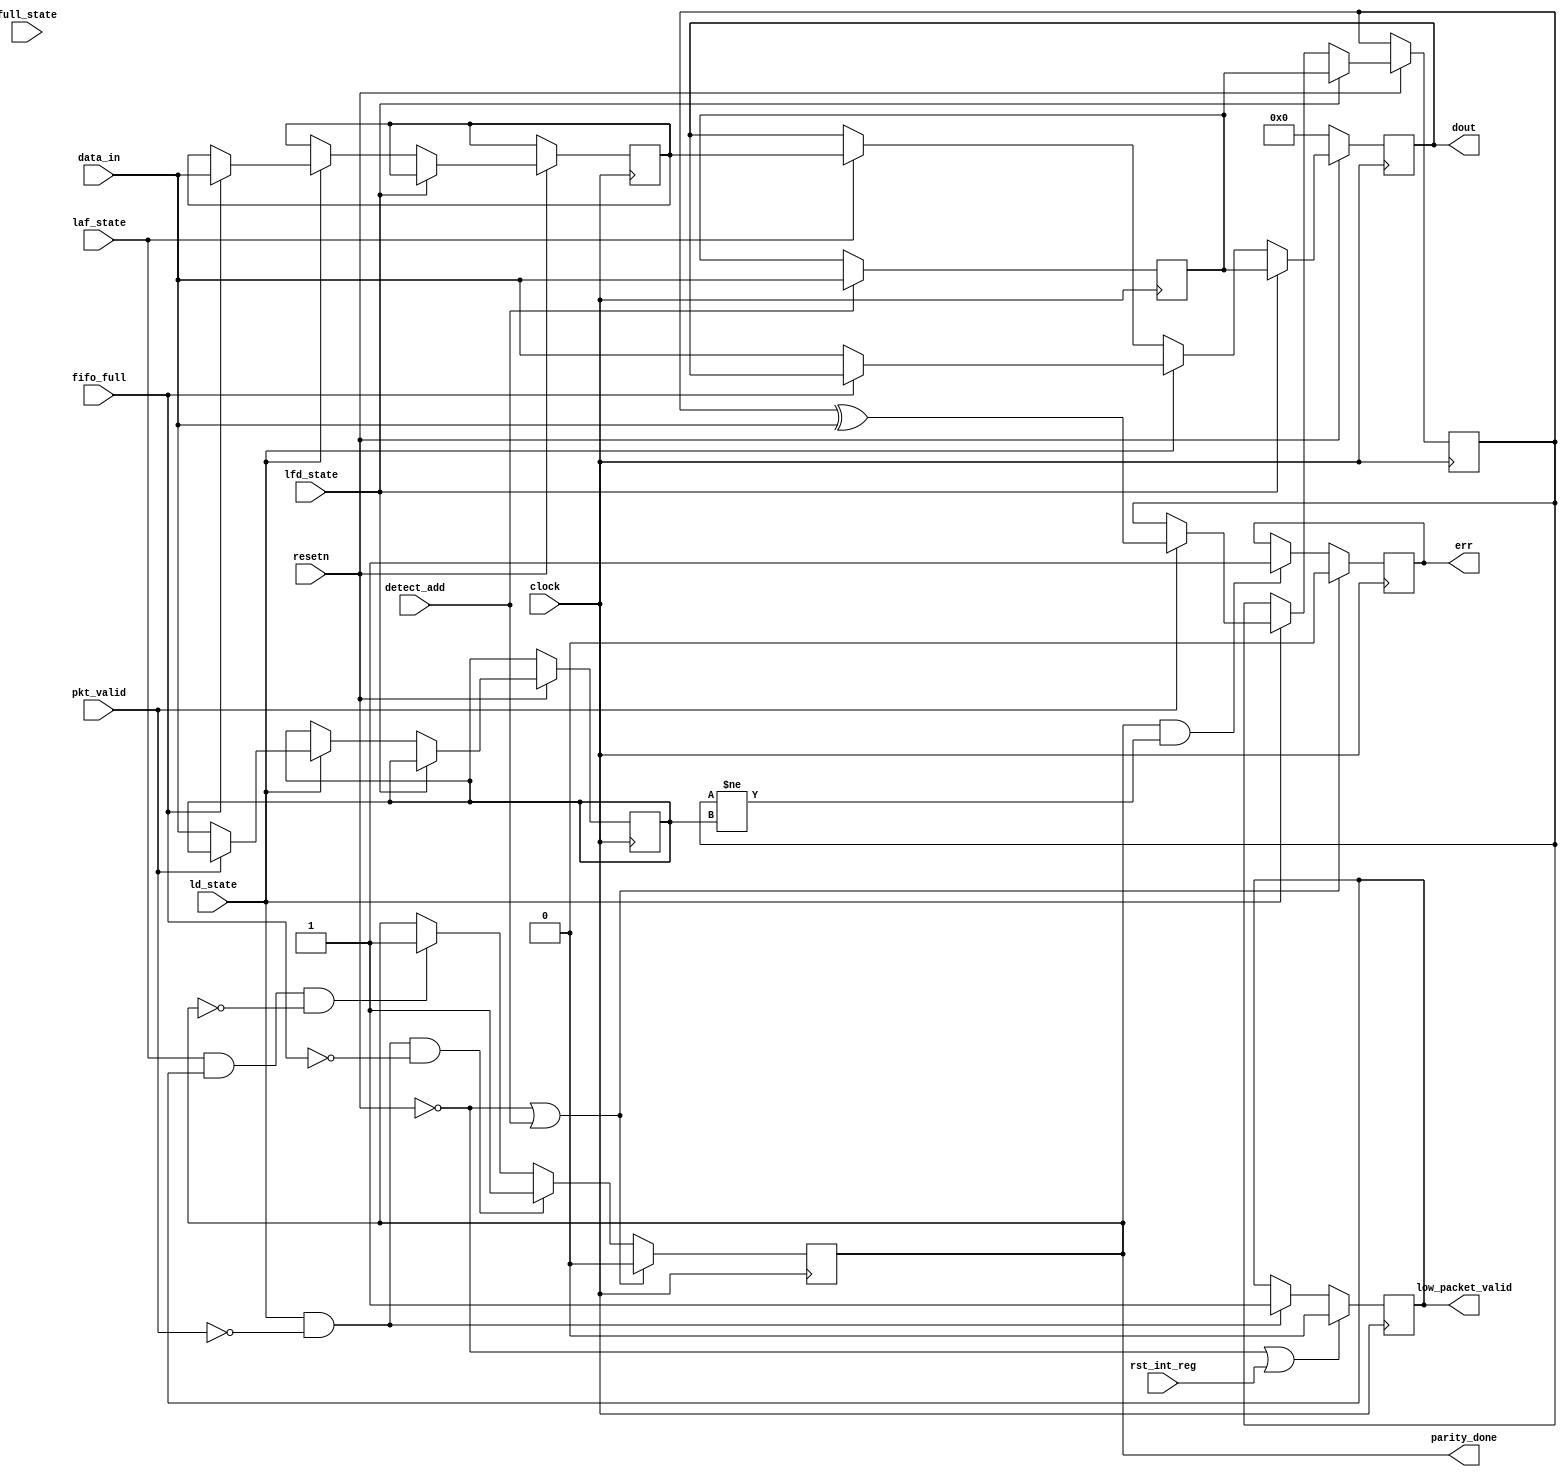
module router_reg(input clock,resetn,pkt_valid,fifo_full,detect_add,ld_state,laf_state,full_state,lfd_state,rst_int_reg,
				  input[7:0] data_in,
				  output reg err,parity_done,low_packet_valid,
				  output reg[7:0] dout);
				  
	reg[7:0] header,full_state_byte,internal_parity,packet_parity;			  
	
	always@(posedge clock)if(detect_add)header <= data_in;
	
	always@(posedge clock)
	begin
		if(!resetn)dout <= 0;
		else if(lfd_state)
		begin
			dout <= {lfd_state,header};
			internal_parity <= header;
		end
		else if(ld_state)
		begin
			if(!fifo_full)
			begin
				dout <= data_in;
				if(!pkt_valid)packet_parity <= data_in;
			end
			else
			begin
				full_state_byte <= data_in;
				if(!pkt_valid)packet_parity <= data_in;
			end
			if(pkt_valid)internal_parity <= internal_parity ^ data_in;
		end
		else if(laf_state)dout <= full_state_byte;
	end
	
	always@(posedge clock)
		if(!resetn || detect_add)parity_done <= 0;
		else if(ld_state && !pkt_valid && !fifo_full)parity_done <= 1;
		else if(laf_state && low_packet_valid && !parity_done)parity_done <= 1;
	
	always@(posedge clock)
		if(!resetn || detect_add)err <= 0;
		else if(parity_done && internal_parity!=packet_parity)err <= 1;
	
	always@(posedge clock)
		if(!resetn || rst_int_reg)low_packet_valid <= 0;
		else if(ld_state && !pkt_valid)low_packet_valid <= 1;
	
endmodule